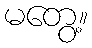
မတွေ့။